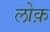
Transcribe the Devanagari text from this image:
लोक़